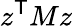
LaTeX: z^{\textsf{T}}Mz